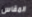
المقاس